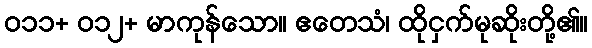
၀၁၁+ ၀၁၂+ မာကုန်သော။ ဧတေသံ၊ ထိုငှက်မုဆိုးတို့၏။